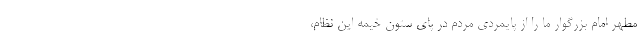
مطهر امام بزرگوار ما را از پایمردی مردم در پای ستون خیمه این نظام،